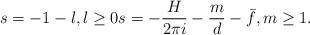
LaTeX: \begin{align*}s=-1-l, l\geq 0 s=-\frac{H}{2\pi i}-\frac{m}{d}-\bar{f}, m\geq 1.\end{align*}